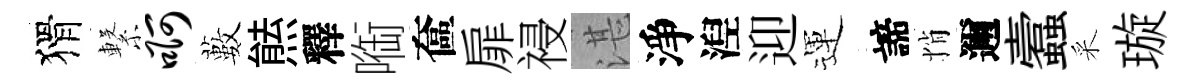
猾繋啊藪㷱釋㗸奩扉祲湛淨湼迎運諦悄邇蠧采璇